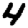
Digit: 4